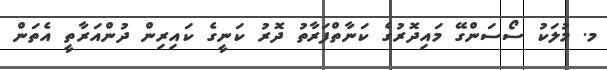
މ. މުލަކު ސޯސަންގޭ މައިދޮރުގެ ކަނާތްފަރާތު ދޮރު ކަނީގެ ކައިރިން ދުންއަރާތީ އެތަން